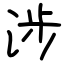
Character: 涉